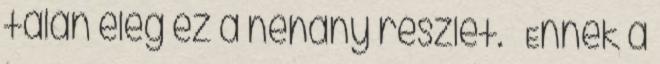
talán elég ez a néhány részlet. – Ennek a